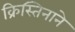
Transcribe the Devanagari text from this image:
क्रिस्तिनाने